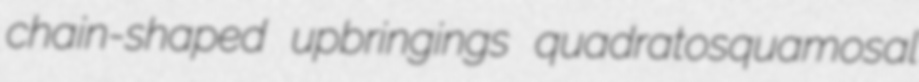
chain-shaped upbringings quadratosquamosal